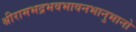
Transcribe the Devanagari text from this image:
श्रीरामभद्रभवभावनभानुभानो